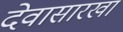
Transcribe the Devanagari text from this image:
देवासारखा